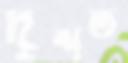
দৃশত